Source: Handwritten
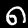
Digit: ၈ (8)